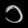
Digit: ၁